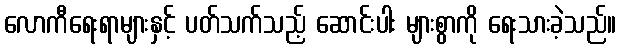
လောကီရေးရာများနှင့် ပတ်သက်သည့် ဆောင်းပါး များစွာကို ရေးသားခဲ့သည်။